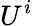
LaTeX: U^{i}